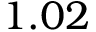
1 . 0 2